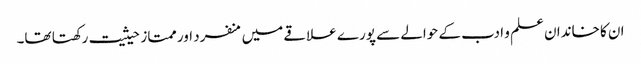
ان کا خاندان علم و ادب کے حوالے سے پورے علاقے میں منفرد اور ممتاز حیثیت رکھتا تھا۔